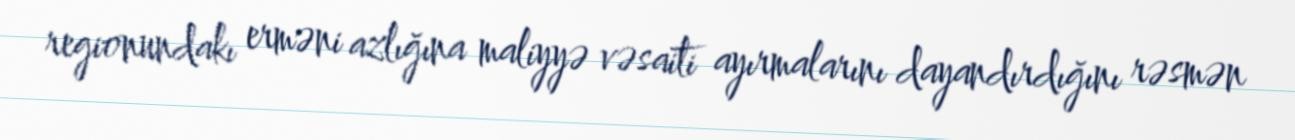
regionundakı erməni azlığına maliyyə vəsaiti ayırmalarını dayandırdığını rəsmən